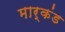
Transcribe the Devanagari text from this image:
मार्कंड